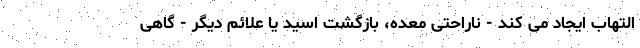
التهاب ایجاد می کند - ناراحتی معده، بازگشت اسید یا علائم دیگر - گاهی